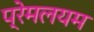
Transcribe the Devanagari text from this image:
प्रेमलयम